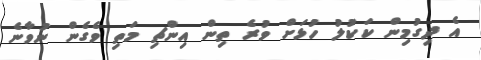
އެ ދިގުމިން ކަކުލު ހުޅަށް ވުރެ ތިން އިންޗި މަތި ވެގެން ނުވާނެ